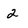
Character: 2